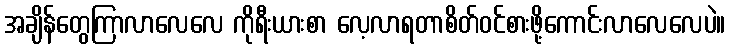
အချိန်တွေကြာလာလေလေ ကိုရီးယားစာ လေ့လာရတာစိတ်ဝင်စားဖို့ကောင်းလာလေလေပဲ။